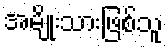
အမျိုးသားဖြစ်သူ